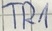
Text: TR1